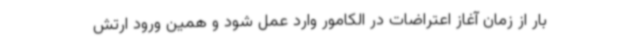
بار از زمان آغاز اعتراضات در الکامور وارد عمل شود و همین ورود ارتش